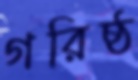
গরিষ্ঠ